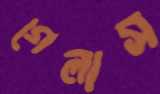
গেলাস